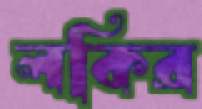
লকির